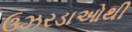
ઉઝરડાઓથી